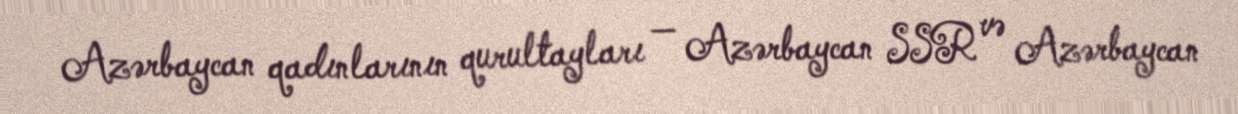
Azərbaycan qadınlarının qurultayları — Azərbaycan SSR və Azərbaycan